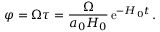
\varphi = \Omega \tau = \frac { \Omega } { a _ { 0 } H _ { 0 } } \, \mathrm { e } ^ { - H _ { 0 } t } \, .